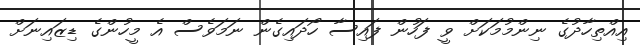
އިއްތިހާދުގެ ނިންމުމަކަށް ވީ ފަހުން ފައިސާ ހޯދައިގެން ނަމަވެސް އެ މީހުންގެ ޑިޒައިނަށް